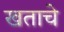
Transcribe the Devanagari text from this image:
खताचे